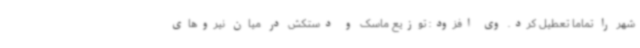
شهر را تماما تعطیل کرد. وی افزود: توزیع ماسک و دستکش در میان نیروهای